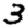
Digit: 3